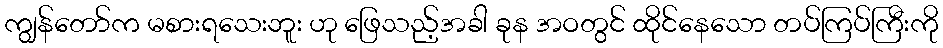
ကျွန်တော်က မစားရသေးဘူး ဟု ဖြေသည့်အခါ ခုန အဝတွင် ထိုင်နေသော တပ်ကြပ်ကြီးကို